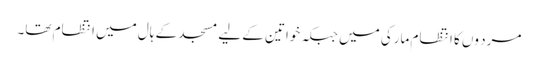
مرد وں کا انتظام مارکی میں جبکہ خواتین کے لیے مسجد کے ہال میں انتظام تھا۔